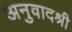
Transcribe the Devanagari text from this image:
अनुवादश्री